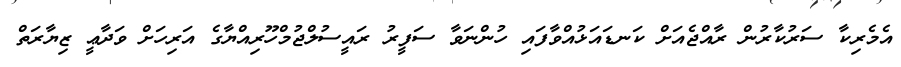
އެމެރިކާ ސަރުކާރުން ރާއްޖެއަށް ކަނޑައަޅުއްވާފައި ހުންނަވާ ސަފީރު ރައީސުލްޖުމްހޫރިއްޔާގެ އަރިހަށް ވަދާޢީ ޒިޔާރަތް